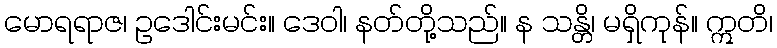
မောရရာဇ၊ ဥဒေါင်းမင်း။ ဒေဝါ၊ နတ်တို့သည်။ န သန္တိ၊ မရှိကုန်။ ဣတိ၊